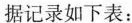
据记录如下表：